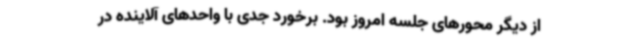
از دیگر محورهای جلسه امروز بود. برخورد جدی با واحدهای آلاینده در